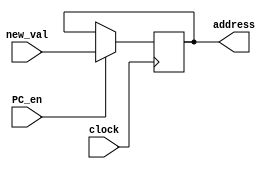
module Program_Counter(input PC_en, input clock, input [15:0] new_val, output reg [15:0] address);
parameter PROGRAM_START = 16'b0000010000000000;
initial
  begin
    address = PROGRAM_START;
  end
always @(posedge clock)
  if(PC_en)
    address = new_val;
endmodule